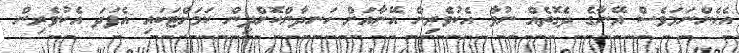
އެހެންނަމަވެސް އޭނާގެ ދެގޮތެއް ނުވާ އެކުވެރިން އޭނާއަށް ހަނދާންކޮށްދިން ކަމަށްޓަކައި އެފަދަ އެކުވެރިން